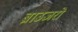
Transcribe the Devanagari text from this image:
ब्राउजरो